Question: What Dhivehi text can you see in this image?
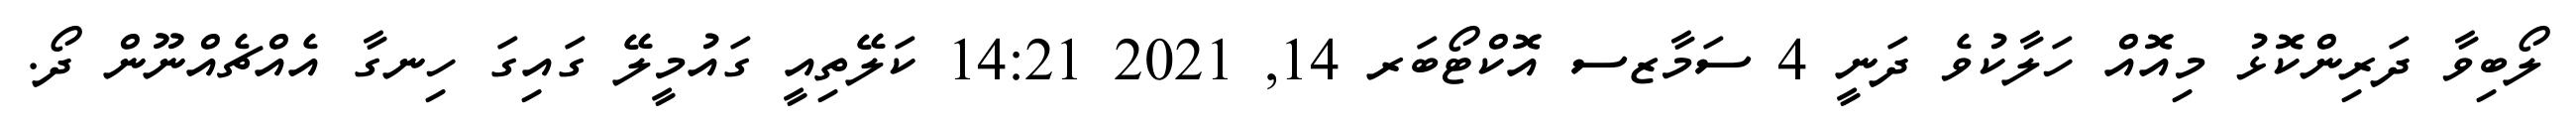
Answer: ލޯބިވާ ދަރިންކޮޅު މިއޮއް ހަލާކުވެ ދަނީ 4 ސަމާޒސ އޮކްޓޯބަރ 14, 2021 14:21 ކަލޭތިއީ ގައުމީލޭ ގައިގަ ހިނގާ އެއްޗެއްނޫން ދޯ.